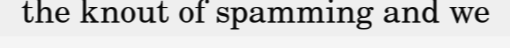
the knout of spamming and we